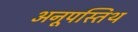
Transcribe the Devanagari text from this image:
अनूपस्तिथ